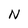
Character: N